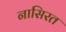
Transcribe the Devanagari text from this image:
नासिरत